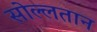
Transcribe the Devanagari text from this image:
सोल्लतान